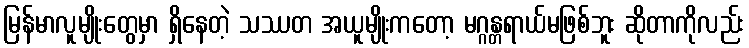
မြန်မာလူမျိုးတွေမှာ ရှိနေတဲ့ သဿတ အယူမျိုးကတော့ မဂ္ဂန္တရာယ်မဖြစ်ဘူး ဆိုတာကိုလည်း